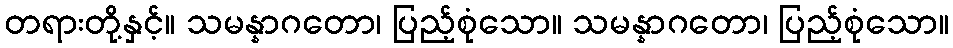
တရားတို့နှင့်။ သမန္နာဂတော၊ ပြည့်စုံသော။ သမန္နာဂတော၊ ပြည့်စုံသော။